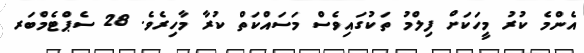
އެންމެ ކުރު މީހަކަށް ފިލްމު ތަކުގައިވެސް މަސައްކަތް ކުރާ މާހިރެވެ. 28 ސެޕްޓެމްބަރ